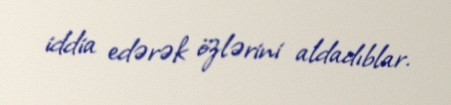
iddia edərək özlərini aldadıblar.